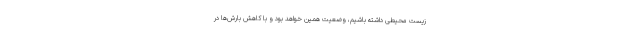
زیست محیطی داشته باشیم، وضعیت همین خواهد بود و با کاهش بارش‌ها در